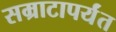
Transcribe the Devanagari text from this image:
सम्राटापर्यंत